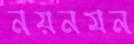
নয়নমন